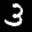
Label: 3